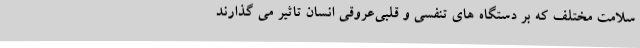
سلامت مختلف که بر دستگاه های تنفسی و قلبی‌عروقی انسان تاثیر می گذارند